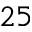
^ { 2 5 }